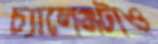
চ্যালেঞ্জটাও